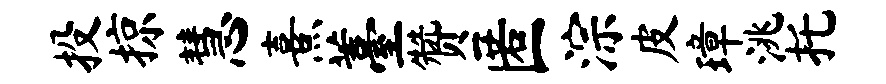
投掠慧熹薹赞匿淙皮璋洮托